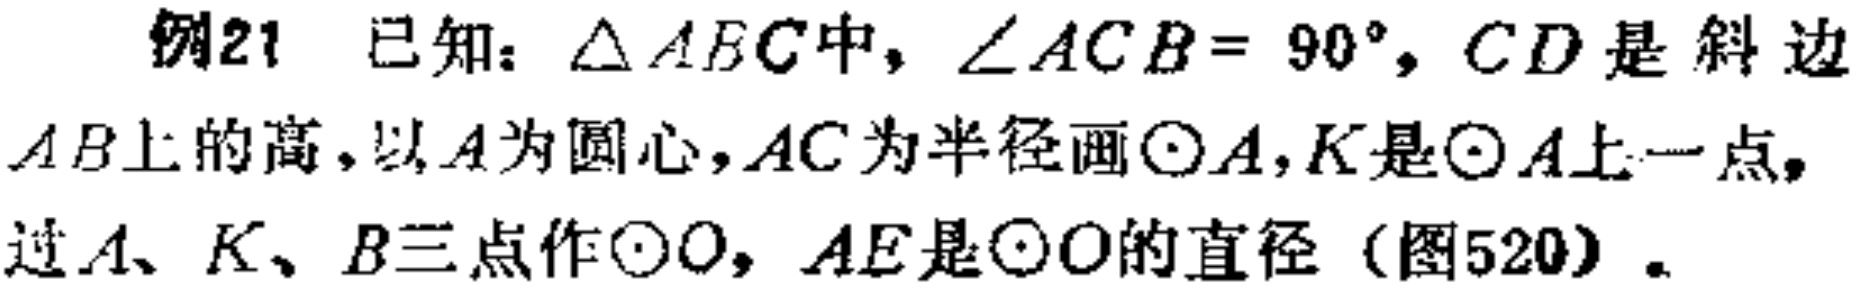
例21 已知：$\triangle ABC$中，$\angle ACB = 90^{\circ}$，$CD$是斜边$AB$上的高，以$A$为圆心，$AC$为半径画$\odot A$，$K$是$\odot A$上一点，过$A$、$K$、$B$三点作$\odot O$，$AE$是$\odot O$的直径（图520）。